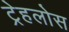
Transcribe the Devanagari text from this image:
ट्रेहलोस